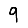
Digit: 9